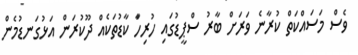
ވެސް މަސައްކަތް ކުރާނެ ވަރަށް ބާރު ސްޕީޑުގައި ހުރިހާަ ކާޑުތަކެއް ދޫކުރަން އަޅުގަނޑުމެން